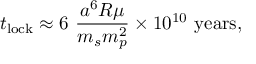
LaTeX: t _ { \mathrm { l o c k } } \approx 6 \ { \frac { a ^ { 6 } R \mu } { m _ { s } m _ { p } ^ { 2 } } } \times 1 0 ^ { 1 0 } \ { \mathrm { y e a r s } } ,